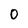
Character: O